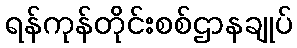
ရန်ကုန်တိုင်းစစ်ဌာနချုပ်